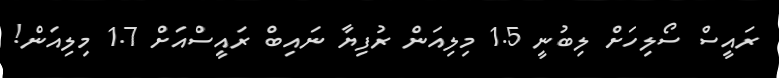
ރައީސް ސޯލިހަށް ލިބުނީ 1.5 މިލިއަން ރުފިޔާ ނައިބް ރައީސްއަށް 1.7 މިލިއަން!